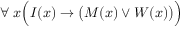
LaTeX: \forall \; x { \Big ( } I ( x ) \rightarrow { \big ( } M ( x ) \lor W ( x ) { \big ) } { \Big ) }